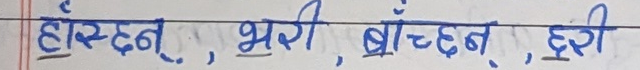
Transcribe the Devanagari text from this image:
हाँस्न,  भरी, बाँच्न,  हरी